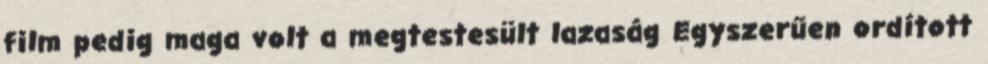
film pedig maga volt a megtestesült lazaság Egyszerűen ordított